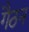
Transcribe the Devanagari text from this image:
गैठन